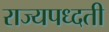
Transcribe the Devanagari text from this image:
राज्यपध्दती